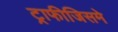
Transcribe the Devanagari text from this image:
ट्राफीजिसमे